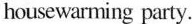
housewarming party.